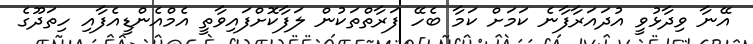
އޭނާ ވިދާޅުވީ އުދައަރާފާނެ ކަމަށް ކަމާ ބެހޭ ފަރާތްތަކުން ލަފާކޮށްފައިވާތީ އެމްއެންޑީއެފާއި ހިތަދޫގެ